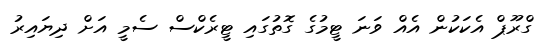
ގްރޫޕް އެކަކުން އެއް ވަނަ ޓީމުގެ ގޮތުގައި ޓީރެކްސް ސެމީ އަށް ދިޔައިރު